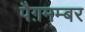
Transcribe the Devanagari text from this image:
पैग़मम्बर